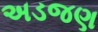
અડજણ